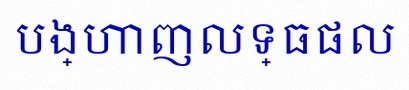
បង្ហាញលទ្ធផល